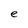
Character: e